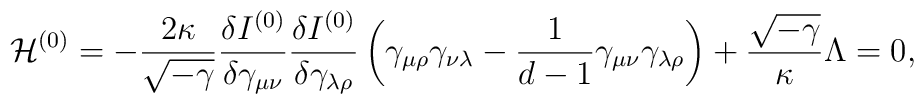
{\cal H}^{(0)} = -\frac{2 \kappa}{\sqrt{-\gamma}}\frac{\delta I^{(0)}}{\delta \gamma_{\mu \nu}}\frac{\delta I^{(0)}}{\delta \gamma_{\lambda \rho}}\left( \gamma_{\mu \rho} \gamma_{\nu \lambda}-\frac{1}{d-1} \gamma_{\mu \nu } \gamma_{\lambda \rho} \right)+ \frac{\sqrt{-\gamma}}{\kappa} \Lambda=0,